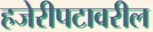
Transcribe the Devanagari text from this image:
हजेरीपटावरील